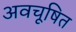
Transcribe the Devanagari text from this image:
अवचूषित